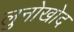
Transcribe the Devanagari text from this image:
लुनोखोद